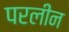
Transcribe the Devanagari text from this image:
परलीन